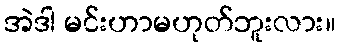
အဲဒါ မင်းဟာမဟုတ်ဘူးလား။